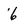
Character: 6